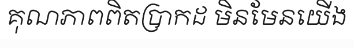
គុណភាពពិតប្រាកដ មិនមែនយើង